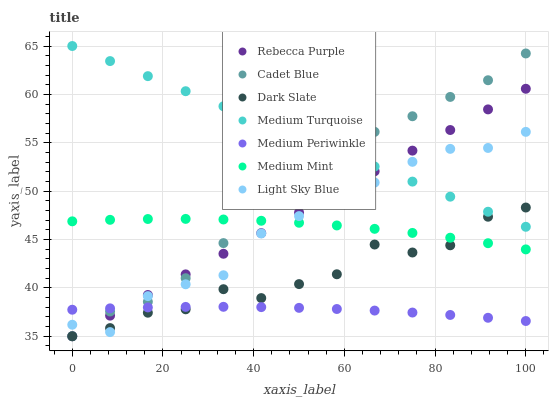
| xaxis_label | Rebecca Purple | Cadet Blue | Dark Slate | Medium Turquoise | Medium Periwinkle | Medium Mint | Light Sky Blue |
 | --- | --- | --- | --- | --- | --- | --- | --- |
 | 0 | 35 | 35 | 35 | 65 | 37.7 | 46.9 | 36.2 |
 | 8.33 | 37.1 | 37.6 | 35.8 | 63.4 | 37.9 | 47 | 35.4 |
 | 16.7 | 39.3 | 38.6 | 37.4 | 61.9 | 38 | 47.1 | 39.1 |
 | 25 | 41.4 | 41 | 37.8 | 60.3 | 38 | 47.1 | 40.4 |
 | 33.3 | 43.5 | 44.6 | 39.9 | 58.8 | 38 | 47.1 | 41.3 |
 | 41.7 | 45.7 | 48.8 | 38.9 | 57.2 | 38 | 46.9 | 45.6 |
 | 50 | 47.8 | 50.5 | 40.4 | 55.7 | 37.9 | 46.7 | 47.4 |
 | 58.3 | 49.9 | 52.8 | 41.4 | 54.1 | 37.8 | 46.5 | 49.3 |
 | 66.7 | 52.1 | 56.1 | 44.5 | 52.5 | 37.7 | 46.1 | 50.9 |
 | 75 | 54.2 | 57.7 | 43.7 | 51 | 37.4 | 45.7 | 53 |
 | 83.3 | 56.3 | 59.7 | 44.4 | 49.4 | 37.2 | 45.2 | 54.4 |
 | 91.7 | 58.4 | 61.5 | 47.4 | 47.9 | 36.9 | 44.6 | 54.5 |
 | 100 | 60.6 | 64.2 | 48.3 | 46.3 | 36.6 | 44 | 56.1 |